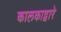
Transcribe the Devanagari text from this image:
कालकाद्वारे